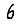
Digit: 6